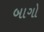
બાગો